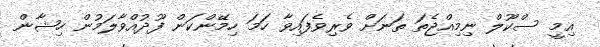
އިމީ ސްކޫލް ނިމިއްޖެތަ ތަނަށް ވެރިވެފައިވާ ހަމަ ހިމޭންކަން ފޫދުއްވާލަމުން ހިޝާން